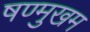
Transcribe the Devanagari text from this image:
षण्मुखम